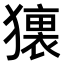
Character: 𤢢